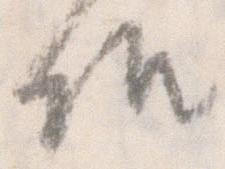
候